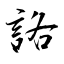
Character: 詻